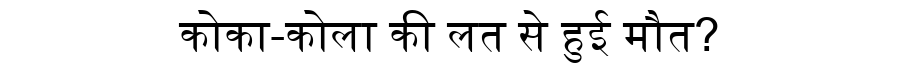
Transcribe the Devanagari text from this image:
कोका-कोला की लत से हुई मौत?